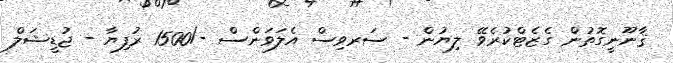
ޤާނޫނީގޮތުން ގެޒެޓްކުރެވޭ ލިޔުން - ސަރވިސް އެލަވަންސް -/1500 ރުފިޔާ - ޖުޑީޝަލް